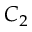
C _ { 2 }